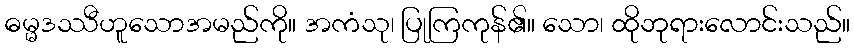
ဓမ္မဒဿီဟူသောအမည်ကို။ အကံသု၊ ပြုကြကုန်၏။ သော၊ ထိုဘုရားလောင်းသည်။